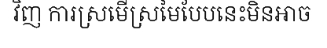
វិញ ការស្រមើស្រមៃបែបនេះមិនអាច